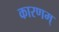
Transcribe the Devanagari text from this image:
कारणम्